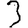
Digit: 3